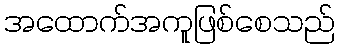
အထောက်အကူဖြစ်စေသည်